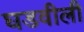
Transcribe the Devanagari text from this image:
घडवीली